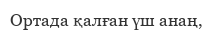
Ортада қалған үш анаң,